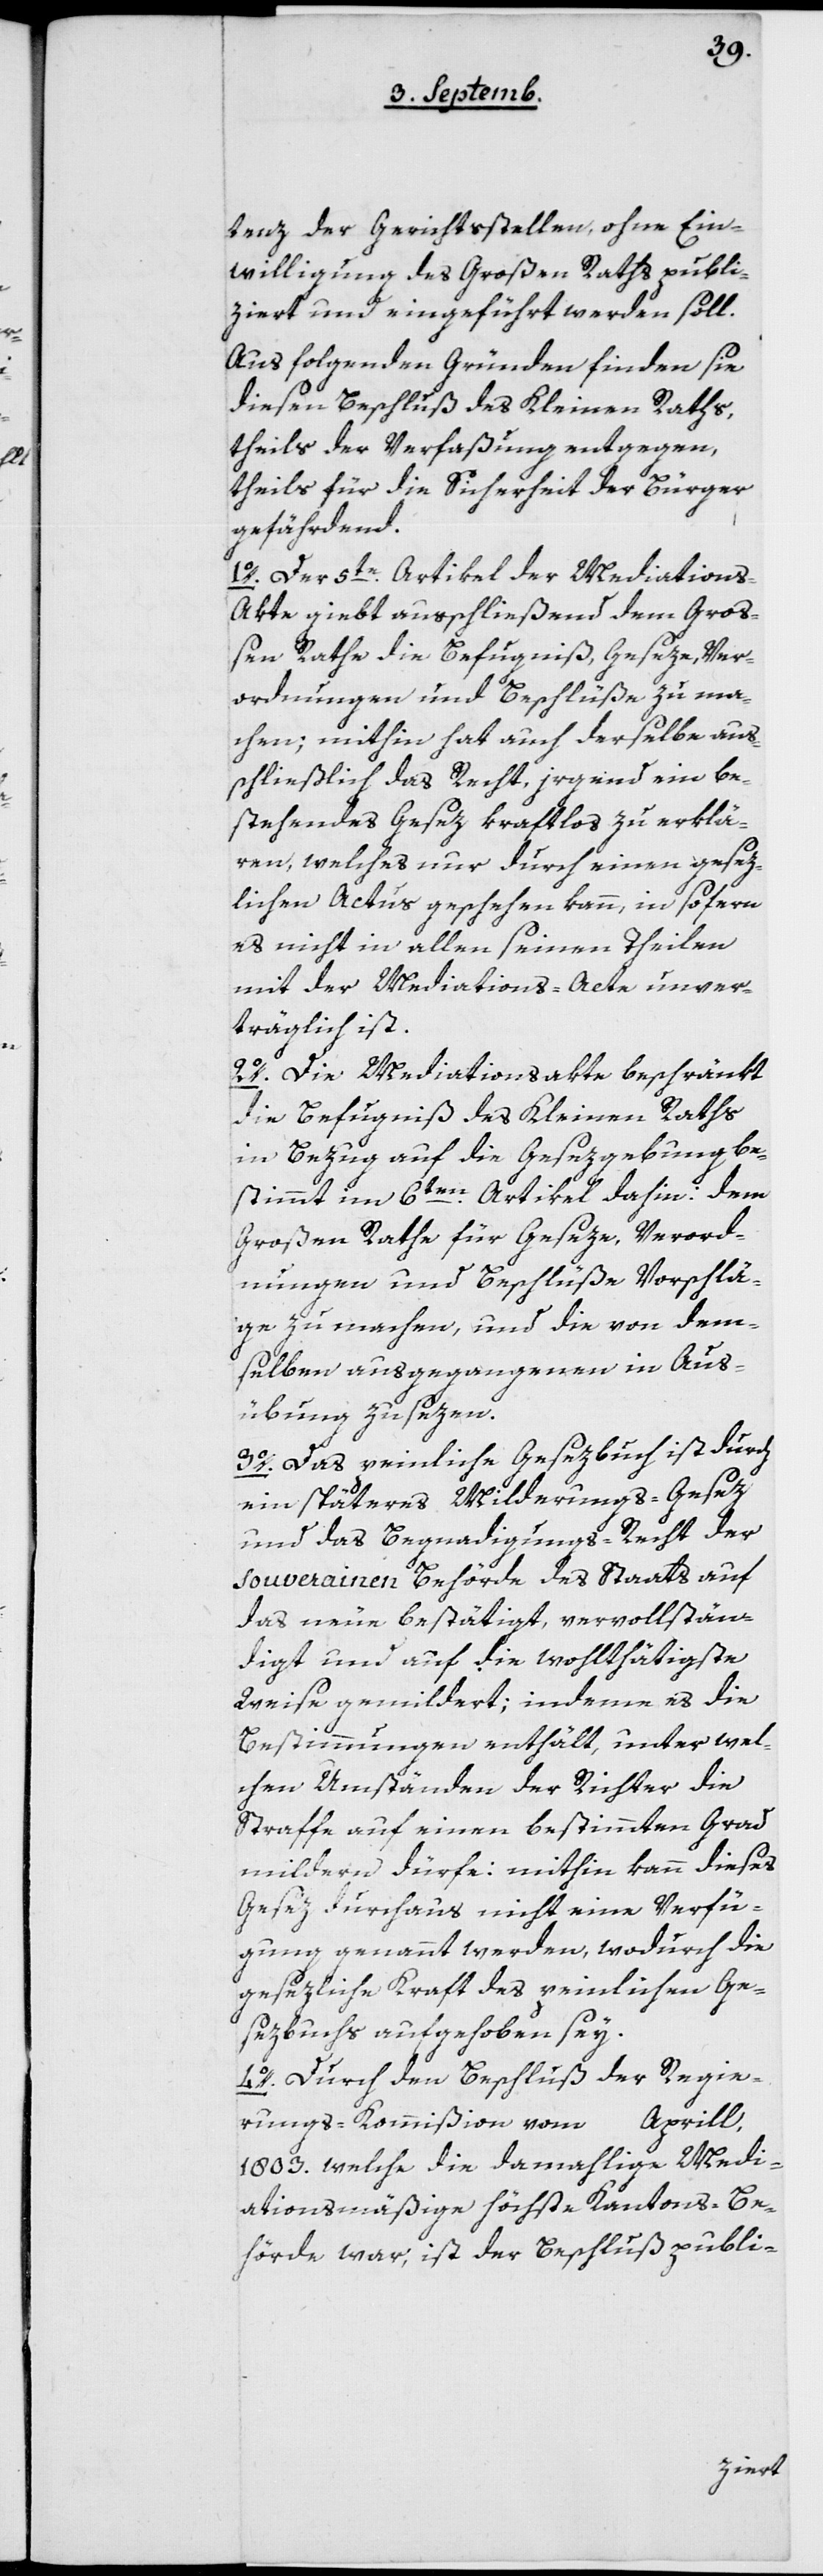
tenz der Gerichtsstellen, ohne Ein¬
willigung des Großen Raths publi¬
ziert und eingeführt werden soll.
Aus folgenden Gründen finden sie
diesen Beschluß des Kleinen Raths,
theils der Verfaßung entgegen,
theils für die Sicherheit der Bürger
gefährdend.
1o der 5te Artikel der Mediations¬
akte gibt ausschließend dem Groß¬
en Rathe die Befugniß, Geseze, Ver¬
ordnungen und Beschlüße zu ma¬
chen, mithin hat auch derselbe aus¬
schließlich das Recht, irgend ein be¬
stehendes Gesez kraftlos zu erklä¬
ren, welches nur durch einen gesez¬
lichen Actus geschehen kann, in sofern
es nicht in allen seinen Theilen
mit der Mediations-Acte unver¬
träglich ist.
2o Die Mediationsakte beschränkt
die Befugniß des Kleinen Raths
in Bezug auf die Gesezgebung, be¬
stimmt im 6ten Artikel dahin: dem
Großen Rathe für Geseze, Verord¬
nungen und Beschlüße Vorschlä¬
ge zu machen, und die von dem¬
selben ausgegangenen in Aus¬
übung zu sezen.
3o Das peinliche Gesezbuch ist durch
ein späteres Milderungs-Gesez
und das Begnadigungs-Recht der
souverainen Behörde des Staats auf
das Neue bestätigt, vervollstän¬
digt und auf die wohlthätigste
Weise gemildert; indem es die
Bestimmungen enthält, unter wel¬
chen Umständen der Richter die
Strafe auf einen bestimmten Grad
mildern dürfe: mithin kann dieses
Gesez durchaus nicht eine Verfü¬
gung genannt werden, wodurch die
gesezliche Kraft des peinlichen Ge¬
sezbuchs aufgehoben sey.
4o Durch den Beschluß der Regie¬
rungs-Kommißion vom … Aprill,
1803, welche die damahlige medi¬
ationsmäßige höchste Kantons-Be¬
hörde war, ist der Beschluß publi-